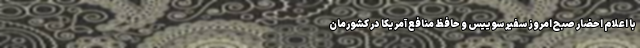
با اعلام احضار صبح امروز سفیر سوییس و حافظ منافع آمریکا در کشورمان